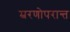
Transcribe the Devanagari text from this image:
म्ररणोपरान्त